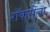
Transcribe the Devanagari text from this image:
रॉकसेला